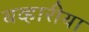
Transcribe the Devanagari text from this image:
बव्हारीया